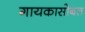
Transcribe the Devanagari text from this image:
गायकासोबत